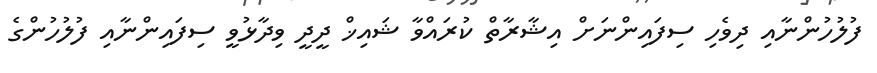
ފުލުހުންނާއި ދިވެހި ސިފައިންނަށް އިޝާރާތް ކުރައްވާ ޝައިޚް ދީދީ ވިދާޅުވީ ސިފައިންނާއި ފުލުހުންގެ